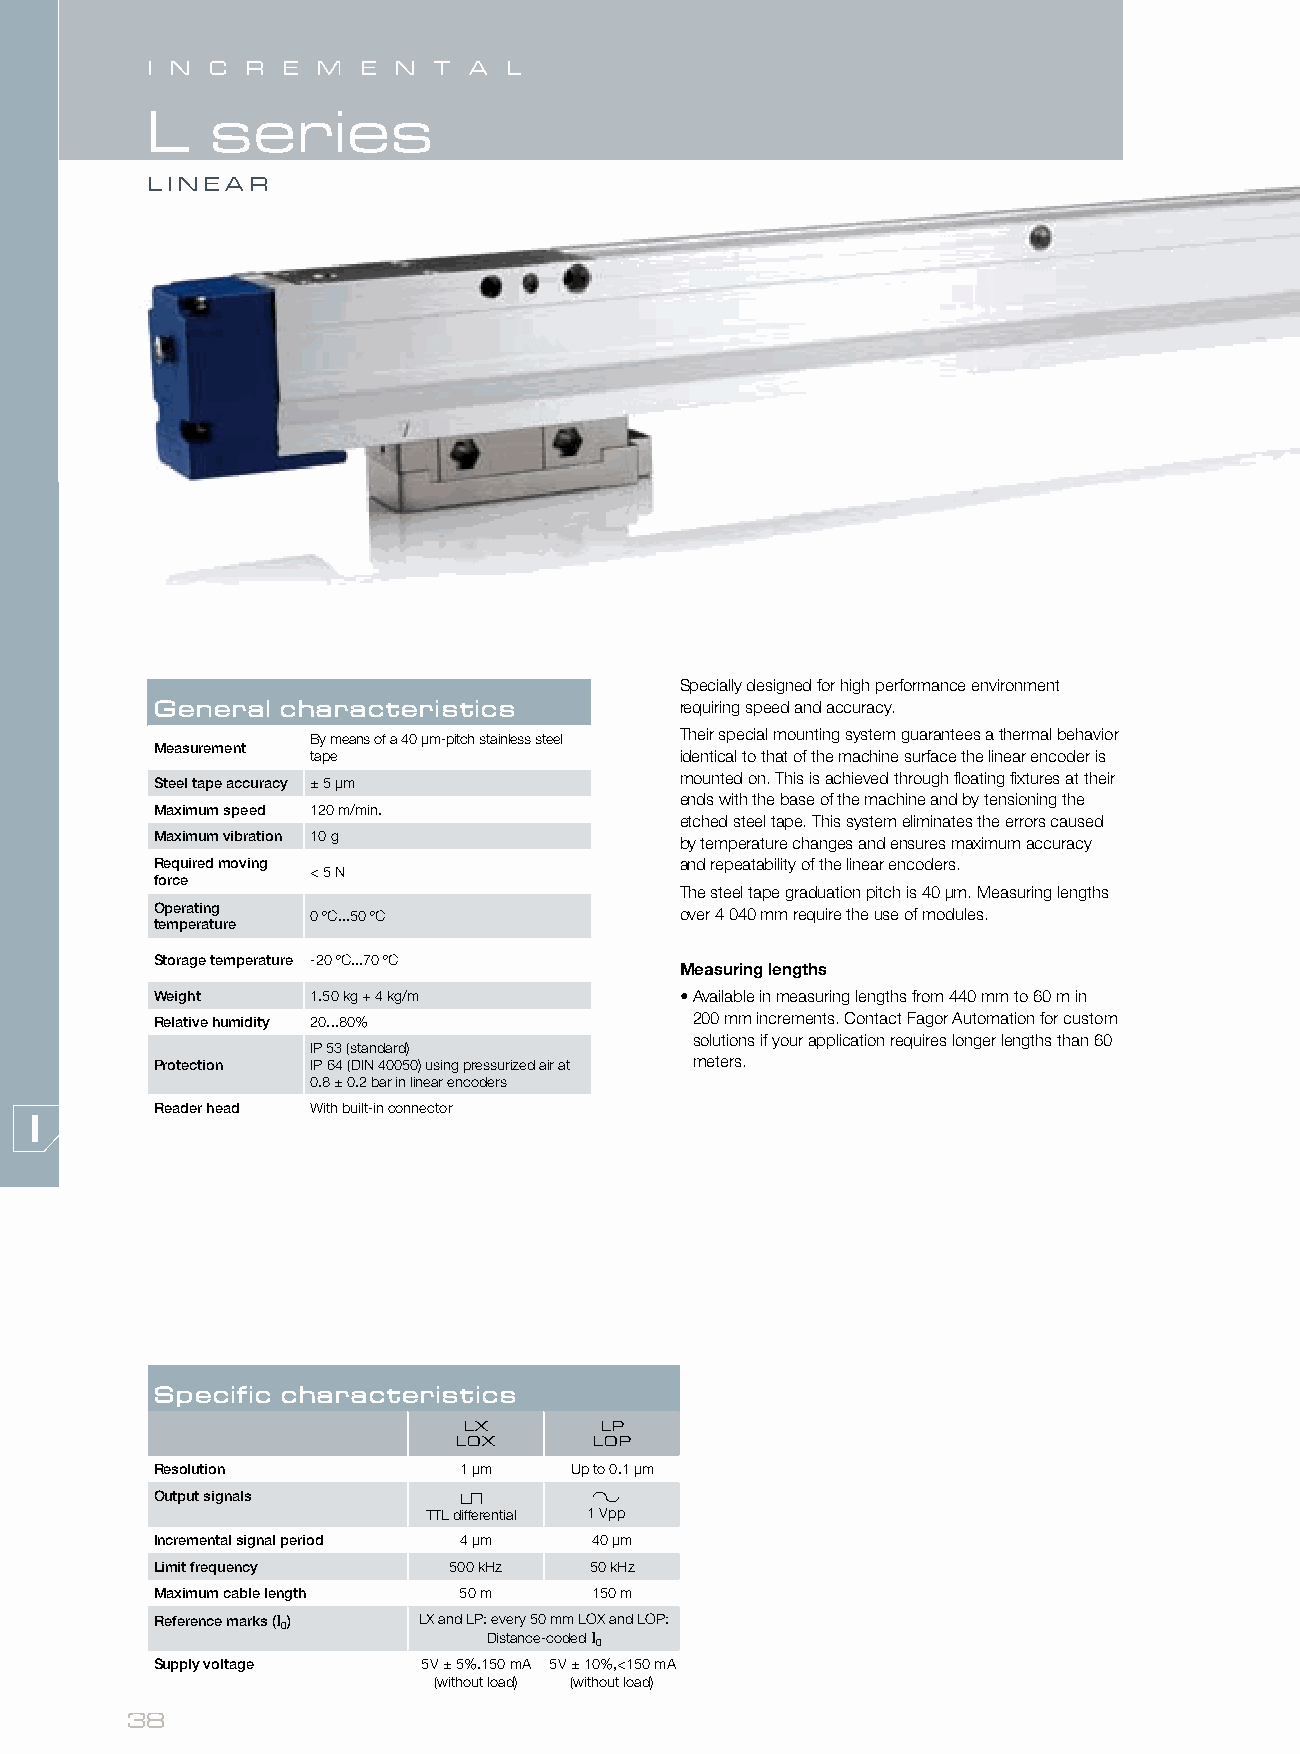
II NN CC RR EE MM EE NN TT AA LL
 L   series
 LINEAR
 Specially designed for high performance environment
 General  characteristics           requiring speed and accuracy.
 By means of a 40 µm-pitch stainless steel Their special mounting system guarantees a thermal behavior
 Measurement
 tape                    identical to that of the machine surface the linear encoder is
 Steel tape accuracy ± 5 µm         mounted on. This is achieved through floating fixtures at their
 ends with the base of the machine and by tensioning the
 Maximum speed 120 m/min.
 etched steel tape. This system eliminates the errors caused
 Maximum vibration 10 g             by temperature changes and ensures maximum accuracy
 Required moving                    and repeatability of the linear encoders.
 < 5 N
 force
 The steel tape graduation pitch is 40 µm. Measuring lengths
 Operating  0 ºC...50 ºC            over 4 040 mm require the use of modules.
 temperature
 Storage temperature -20 ºC...70 ºC
 Measuring lengths
 Weight     1.50 kg + 4 kg/m        • Available in measuring lengths from 440 mm to 60 m in
 Relative humidity 20...80%          200 mm increments. Contact Fagor Automation for custom
 solutions if your application requires longer lengths than 60
 IP 53 (standard)
 Protection IP 64 (DIN 40050) using pressurized air at meters.
 0.8 ± 0.2 bar in linear encoders
 Reader head With built-in connector
 Specific characteristics
 LX       LP
 LOX      LOP
 Resolution          1 µm    Up to 0.1 µm
 Output signals
 TTL differential 1 Vpp
 Incremental signal period 4 µm 40 µm
 Limit frequency     500 kHz  50 kHz
 Maximum cable length 50 m    150 m
 Reference marks (I) LX and LP: every 50 mm LOX and LOP:
 0
 Distance-coded I
 0
 Supply voltage    5 V ± 5%.150 mA 5 V ± 10%,<150 mA
 (without load) (without load)
 38